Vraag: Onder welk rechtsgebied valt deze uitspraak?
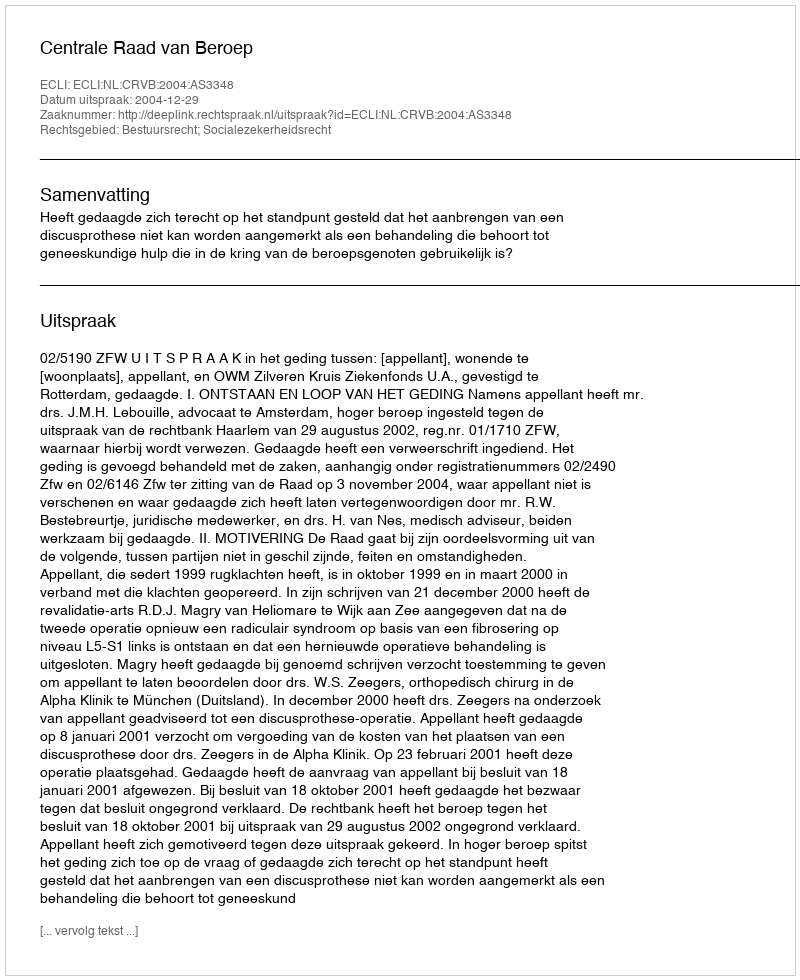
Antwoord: Bestuursrecht; Socialezekerheidsrecht